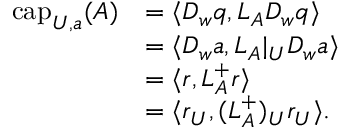
\begin{array} { r l } { \mathrm { c a p } _ { U , a } ( A ) } & { = \langle D _ { w } q , L _ { A } D _ { w } q \rangle } \\ & { = \langle D _ { w } a , L _ { A } | _ { U } D _ { w } a \rangle } \\ & { = \langle r , L _ { A } ^ { + } r \rangle } \\ & { = \langle r _ { U } , ( L _ { A } ^ { + } ) _ { U } r _ { U } \rangle . } \end{array}